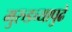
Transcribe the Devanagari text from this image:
मुरुडच्यापुढे